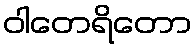
ဝါတေရိတော